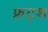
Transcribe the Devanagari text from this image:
फ्रट्श